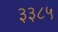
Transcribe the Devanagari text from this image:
३३८५